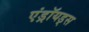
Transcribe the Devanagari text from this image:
एंड्रॉयड्स